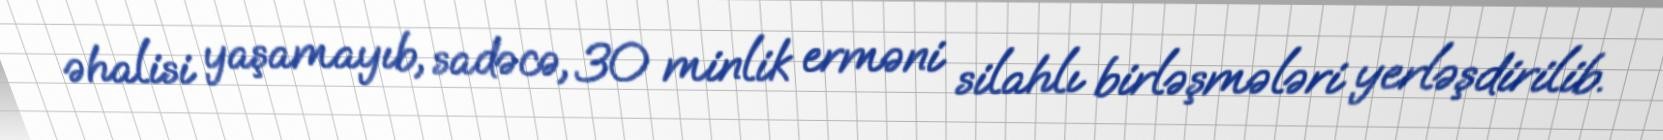
əhalisi yaşamayıb, sadəcə, 30 minlik erməni silahlı birləşmələri yerləşdirilib.